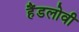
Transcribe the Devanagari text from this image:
हैंडलोवी